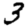
Digit: 3